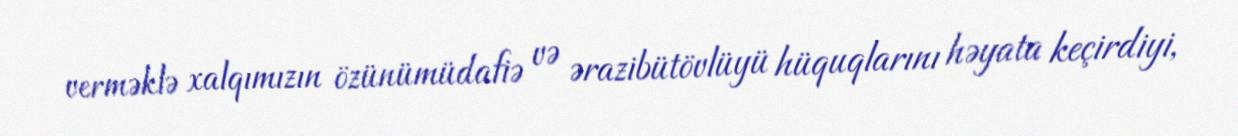
verməklə xalqımızın özünümüdafiə və ərazibütövlüyü hüquqlarını həyata keçirdiyi,